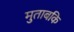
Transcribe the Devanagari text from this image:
मुताबकि